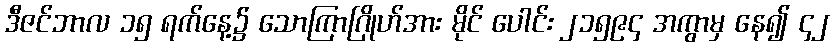
ဒီဇင်ဘာလ ၁၅ ရက်နေ့၌ သောကြာဂြိုဟ်အား မိုင် ပေါင်း ၂၁၅၉၄ အကွာမှ နေ၍ ၄၂